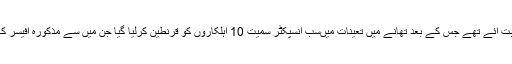
کپوارہ پولیس سٹیشن تین روز قبل ایک ملزم کے نمونے مثبت آئے تھے جس کے بعد تھانے میں تعینات میںسب انسپکٹر سمیت 10 اہلکاروں کو قرنطین کرلیا گیا جن میں سے مذکورہ آفیسر کا ٹیسٹ منفی آیا جبکہ دیگر 9ا ہلکار منفی قرار دیئے گئے۔